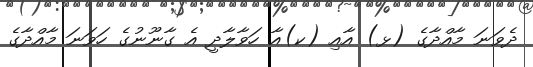
ދެވަނަ މާއްދާގެ (ޅ) އާއި (ކ)އާ ހަވާލާދީ އެ ގާނޫނުގެ ހަވަނަ މާއްދާގެ